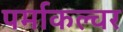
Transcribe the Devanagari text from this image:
पर्माकल्चर